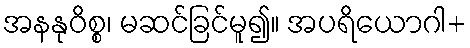
အနနုဝိစ္စ၊ မဆင်ခြင်မူ၍။ အပရိယောဂါ+